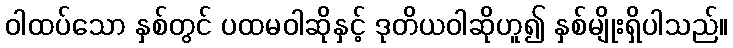
ဝါထပ်သော နှစ်တွင် ပထမဝါဆိုနှင့် ဒုတိယဝါဆိုဟူ၍ နှစ်မျိုးရှိပါသည်။